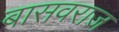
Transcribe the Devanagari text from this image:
बासवराज